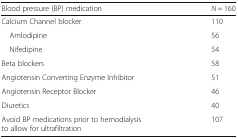
| Blood pressure (BP) medication | N = 160 |
 | --- | --- |
 | Calcium Channel blocker | 110 |
 | Amlodipine | 56 |
 | Nifedipine | 54 |
 | Beta blockers | 58 |
 | Angiotensin Converting Enzyme Inhibitor | 51 |
 | Angiotensin Receptor Blocker | 46 |
 | Diuretics | 40 |
 | Avoid BP medications prior to hemodialysis to allow for ultrafiltration | 107 |